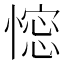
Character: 𢠋